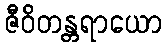
ဇီဝိတန္တရာယော